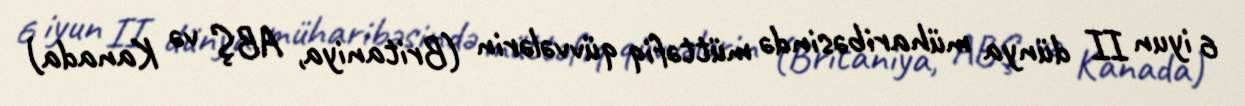
6 iyun II dünya müharibəsində müttəfiq qüvvələrin (Britaniya, ABŞ və Kanada)